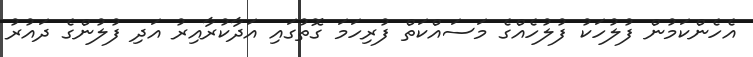
އެހެންކަމުން ފުލުހަކު ފުލުހެއްގެ މަސައްކަތް ފުރިހަމަ ގޮތުގައި އަދާކުރާއިރު އަދި ފުލުުންގެ ދައުރު